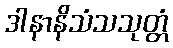
ဒါနာနိသံသသုတ္တံ